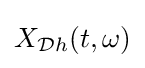
X_{{\mathcal {D}}h}(t,\omega )